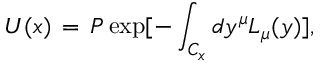
U ( x ) \, = \, { \cal P } \exp [ - \int _ { C _ { x } } d y ^ { \mu } L _ { \mu } ( y ) ] ,